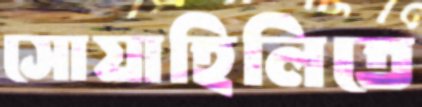
সোয়াহিলিতে